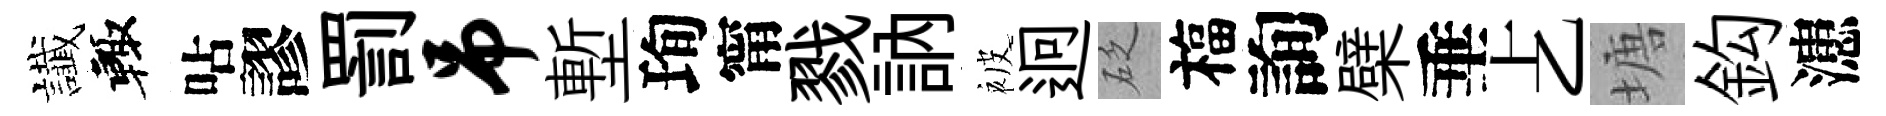
䜟輙呫謬罰吊塹珣甯戮訥被迥砭福詢檗垂𠧒塘鈎漶